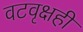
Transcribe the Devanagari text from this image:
वटवृक्षही